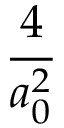
\frac { 4 } { a _ { 0 } ^ { 2 } }